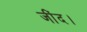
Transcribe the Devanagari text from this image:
जींद।